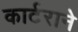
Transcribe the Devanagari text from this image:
कार्टराने